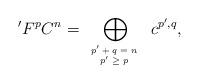
LaTeX: \begin{align*}\begin{aligned} 'F^{p}C^{n}=\bigoplus_{\mbox{\tiny $ \begin{array}{c} p'+q=n \\ p'\geq p \end{array}$ }}c^{p', q},\end{aligned}\end{align*}